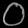
Digit: ၀